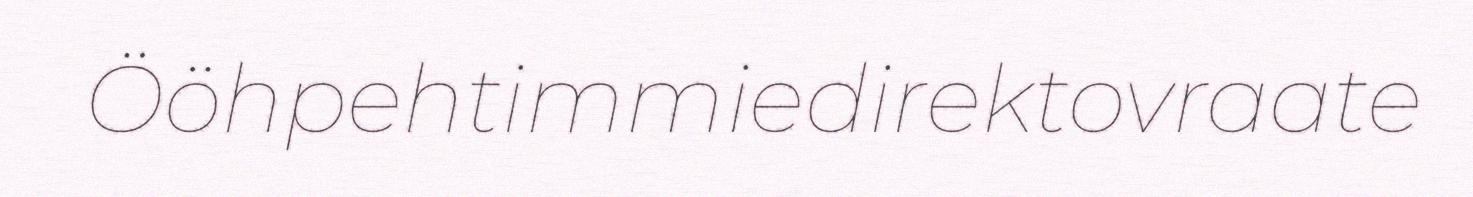
Ööhpehtimmiedirektovraate